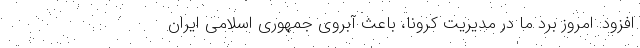
افزود: امروز برد ما در مدیریت کرونا، باعث آبروی جمهوری اسلامی ایران